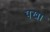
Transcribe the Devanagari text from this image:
पखा